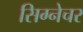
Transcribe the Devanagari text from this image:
सिग्‍नेचर